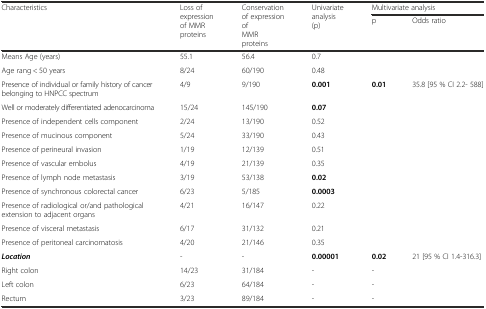
<table><thead><tr><td rowspan="2"><b>Characteristics</b></td><td rowspan="2"><b>Loss of expression of MMR proteins</b></td><td rowspan="2"><b>Conservation of expression of MMR proteins</b></td><td rowspan="2"><b>Univariate analysis (p)</b></td><td colspan="2"><b>Multivariate analysis</b></td></tr><tr><td><b>p</b></td><td><b>Odds ratio</b></td></tr></thead><tbody><tr><td>Means Age (years)</td><td>55.1</td><td>56.4</td><td>0.7</td><td></td><td></td></tr><tr><td>Age rang &lt; 50 years</td><td>8/24</td><td>60/190</td><td>0.48</td><td></td><td></td></tr><tr><td>Presence of individual or family history of cancer belonging to HNPCC spectrum</td><td>4/9</td><td>9/190</td><td><b>0.001</b></td><td><b>0.01</b></td><td>35.8 [95 % CI 2.2- 588]</td></tr><tr><td>Well or moderately differentiated adenocarcinoma</td><td>15/24</td><td>145/190</td><td><b>0.07</b></td><td></td><td></td></tr><tr><td>Presence of independent cells component</td><td>2/24</td><td>13/190</td><td>0.52</td><td></td><td></td></tr><tr><td>Presence of mucinous component</td><td>5/24</td><td>33/190</td><td>0.43</td><td></td><td></td></tr><tr><td>Presence of perineural invasion</td><td>1/19</td><td>12/139</td><td>0.51</td><td></td><td></td></tr><tr><td>Presence of vascular embolus</td><td>4/19</td><td>21/139</td><td>0.35</td><td></td><td></td></tr><tr><td>Presence of lymph node metastasis</td><td>3/19</td><td>53/138</td><td><b>0.02</b></td><td></td><td></td></tr><tr><td>Presence of synchronous colorectal cancer</td><td>6/23</td><td>5/185</td><td><b>0.0003</b></td><td></td><td></td></tr><tr><td>Presence of radiological or/and pathological extension to adjacent organs</td><td>4/21</td><td>16/147</td><td>0.22</td><td></td><td></td></tr><tr><td>Presence of visceral metastasis</td><td>6/17</td><td>31/132</td><td>0.21</td><td></td><td></td></tr><tr><td>Presence of peritoneal carcinomatosis</td><td>4/20</td><td>21/146</td><td>0.35</td><td></td><td></td></tr><tr><td><b><i>Location</i></b></td><td>-</td><td>-</td><td><b>0.00001</b></td><td><b>0.02</b></td><td>21 [95 % CI 1.4-316.3]</td></tr><tr><td>Right colon</td><td>14/23</td><td>31/184</td><td>-</td><td>-</td><td></td></tr><tr><td>Left colon</td><td>6/23</td><td>64/184</td><td>-</td><td>-</td><td></td></tr><tr><td>Rectum</td><td>3/23</td><td>89/184</td><td>-</td><td>-</td><td></td></tr></tbody></table>